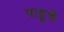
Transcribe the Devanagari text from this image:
पाडूचे